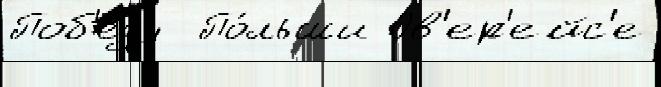
Поб'е́ду  По́льши Ов'ер'ейс'е